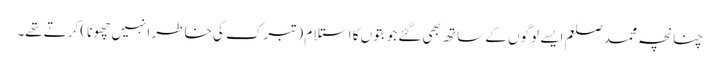
چنانچہ محمد صلعم ایسے لوگوں کے ساتھ بھی گئے جو بتوں کا استلام (تبرک کی خاطر انہیں چھونا) کرتےتھے۔